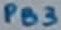
Text: PB3